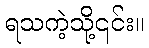
ရသကဲ့သို့၎င်း။